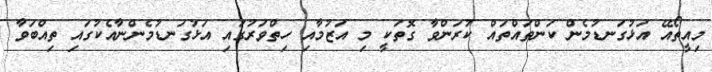
މިއީތޯއޭ އަޅުގަނޑުމެން ކަންތައްތައް ކުރަންވާ ގޮތަކީ މި އަޒުމާއި ހިތްވަރުގައި އަޅުގަނޑުމެންނާއެކުގައި ތިއްބަވާ